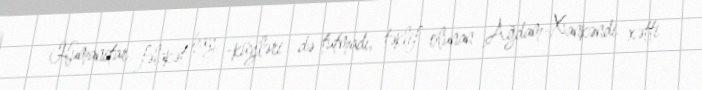
Humanitar fəlakət hay -küyləri də tutmadı, təklif olunan Ağdam-Xankəndi xətti